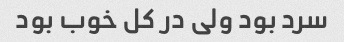
سرد بود ولی در کل خوب بود